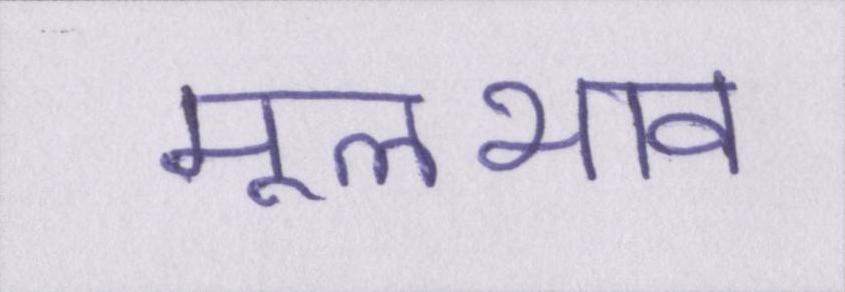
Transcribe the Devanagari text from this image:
मूलभाव